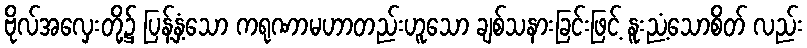
ဗိုလ်အလှေးတို့၌ ပြန့်နှံ့သော ကရုဏာမဟာတည်းဟူသော ချစ်သနားခြင်းဖြင့် နူးညံ့သောစိတ် လည်း